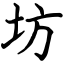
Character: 坊